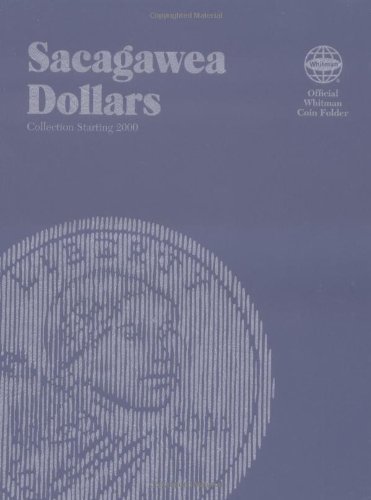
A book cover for Sacagawea Dollar Folder; Whitman; Crafts, Hobbies & Home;